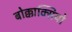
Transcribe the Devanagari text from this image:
बोक्काक्सियो